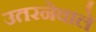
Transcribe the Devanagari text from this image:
उतरनेवाले